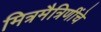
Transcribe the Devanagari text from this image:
मित्रमैत्रिणींचे